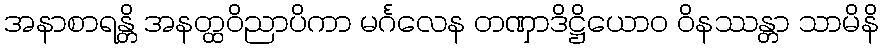
အနာစာရန္တိ အနတ္ထဝိညာပိကာ မင်္ဂလေန တဏှာဒိဋ္ဌိယောဝ ဝိနဿန္တာ သာမိနိ